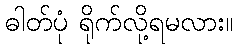
ဓါတ်ပုံ ရိုက်လို့ရမလား။